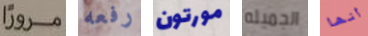
مروراً رفعه مورتون الجميله أنها